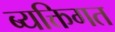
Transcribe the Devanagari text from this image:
ब्यक्तिगत